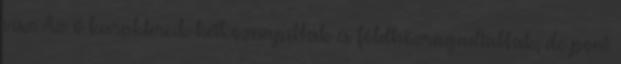
visz. Az ő karaktereik hétköznapibbak és földhözragadtabbak, de pont